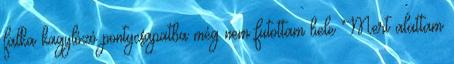
falka kagylózó pontycsapatba még nem futottam bele Mert alattam